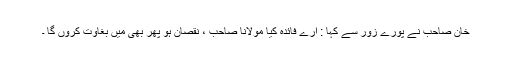
خان صاحب نے پورے زور سے کہا : ارے فائدہ کیا مولانا صاحب ، نقصان ہو پھر بھی میں بغاوت کروں گا ۔